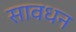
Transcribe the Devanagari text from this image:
सावधन